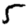
Digit: 5